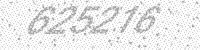
Solution: 625216